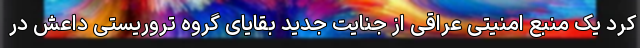
کرد یک منبع امنیتی عراقی از جنایت جدید بقایای گروه تروریستی داعش در